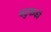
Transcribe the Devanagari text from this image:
बटुकको